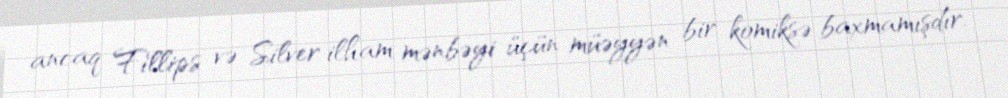
ancaq Fillips və Silver ilham mənbəyi üçün müəyyən bir komiksə baxmamışdır.